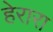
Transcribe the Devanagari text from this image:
हेरारा